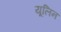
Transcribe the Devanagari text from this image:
यूलिन